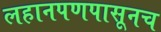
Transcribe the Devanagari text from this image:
लहानपणपासूनच